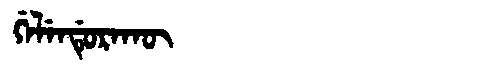
Manchu: ᡤᡝᠯᡝᠨᡩᡠᡵᠠᡴᡡ
Romanization: GELENDURAKŪ